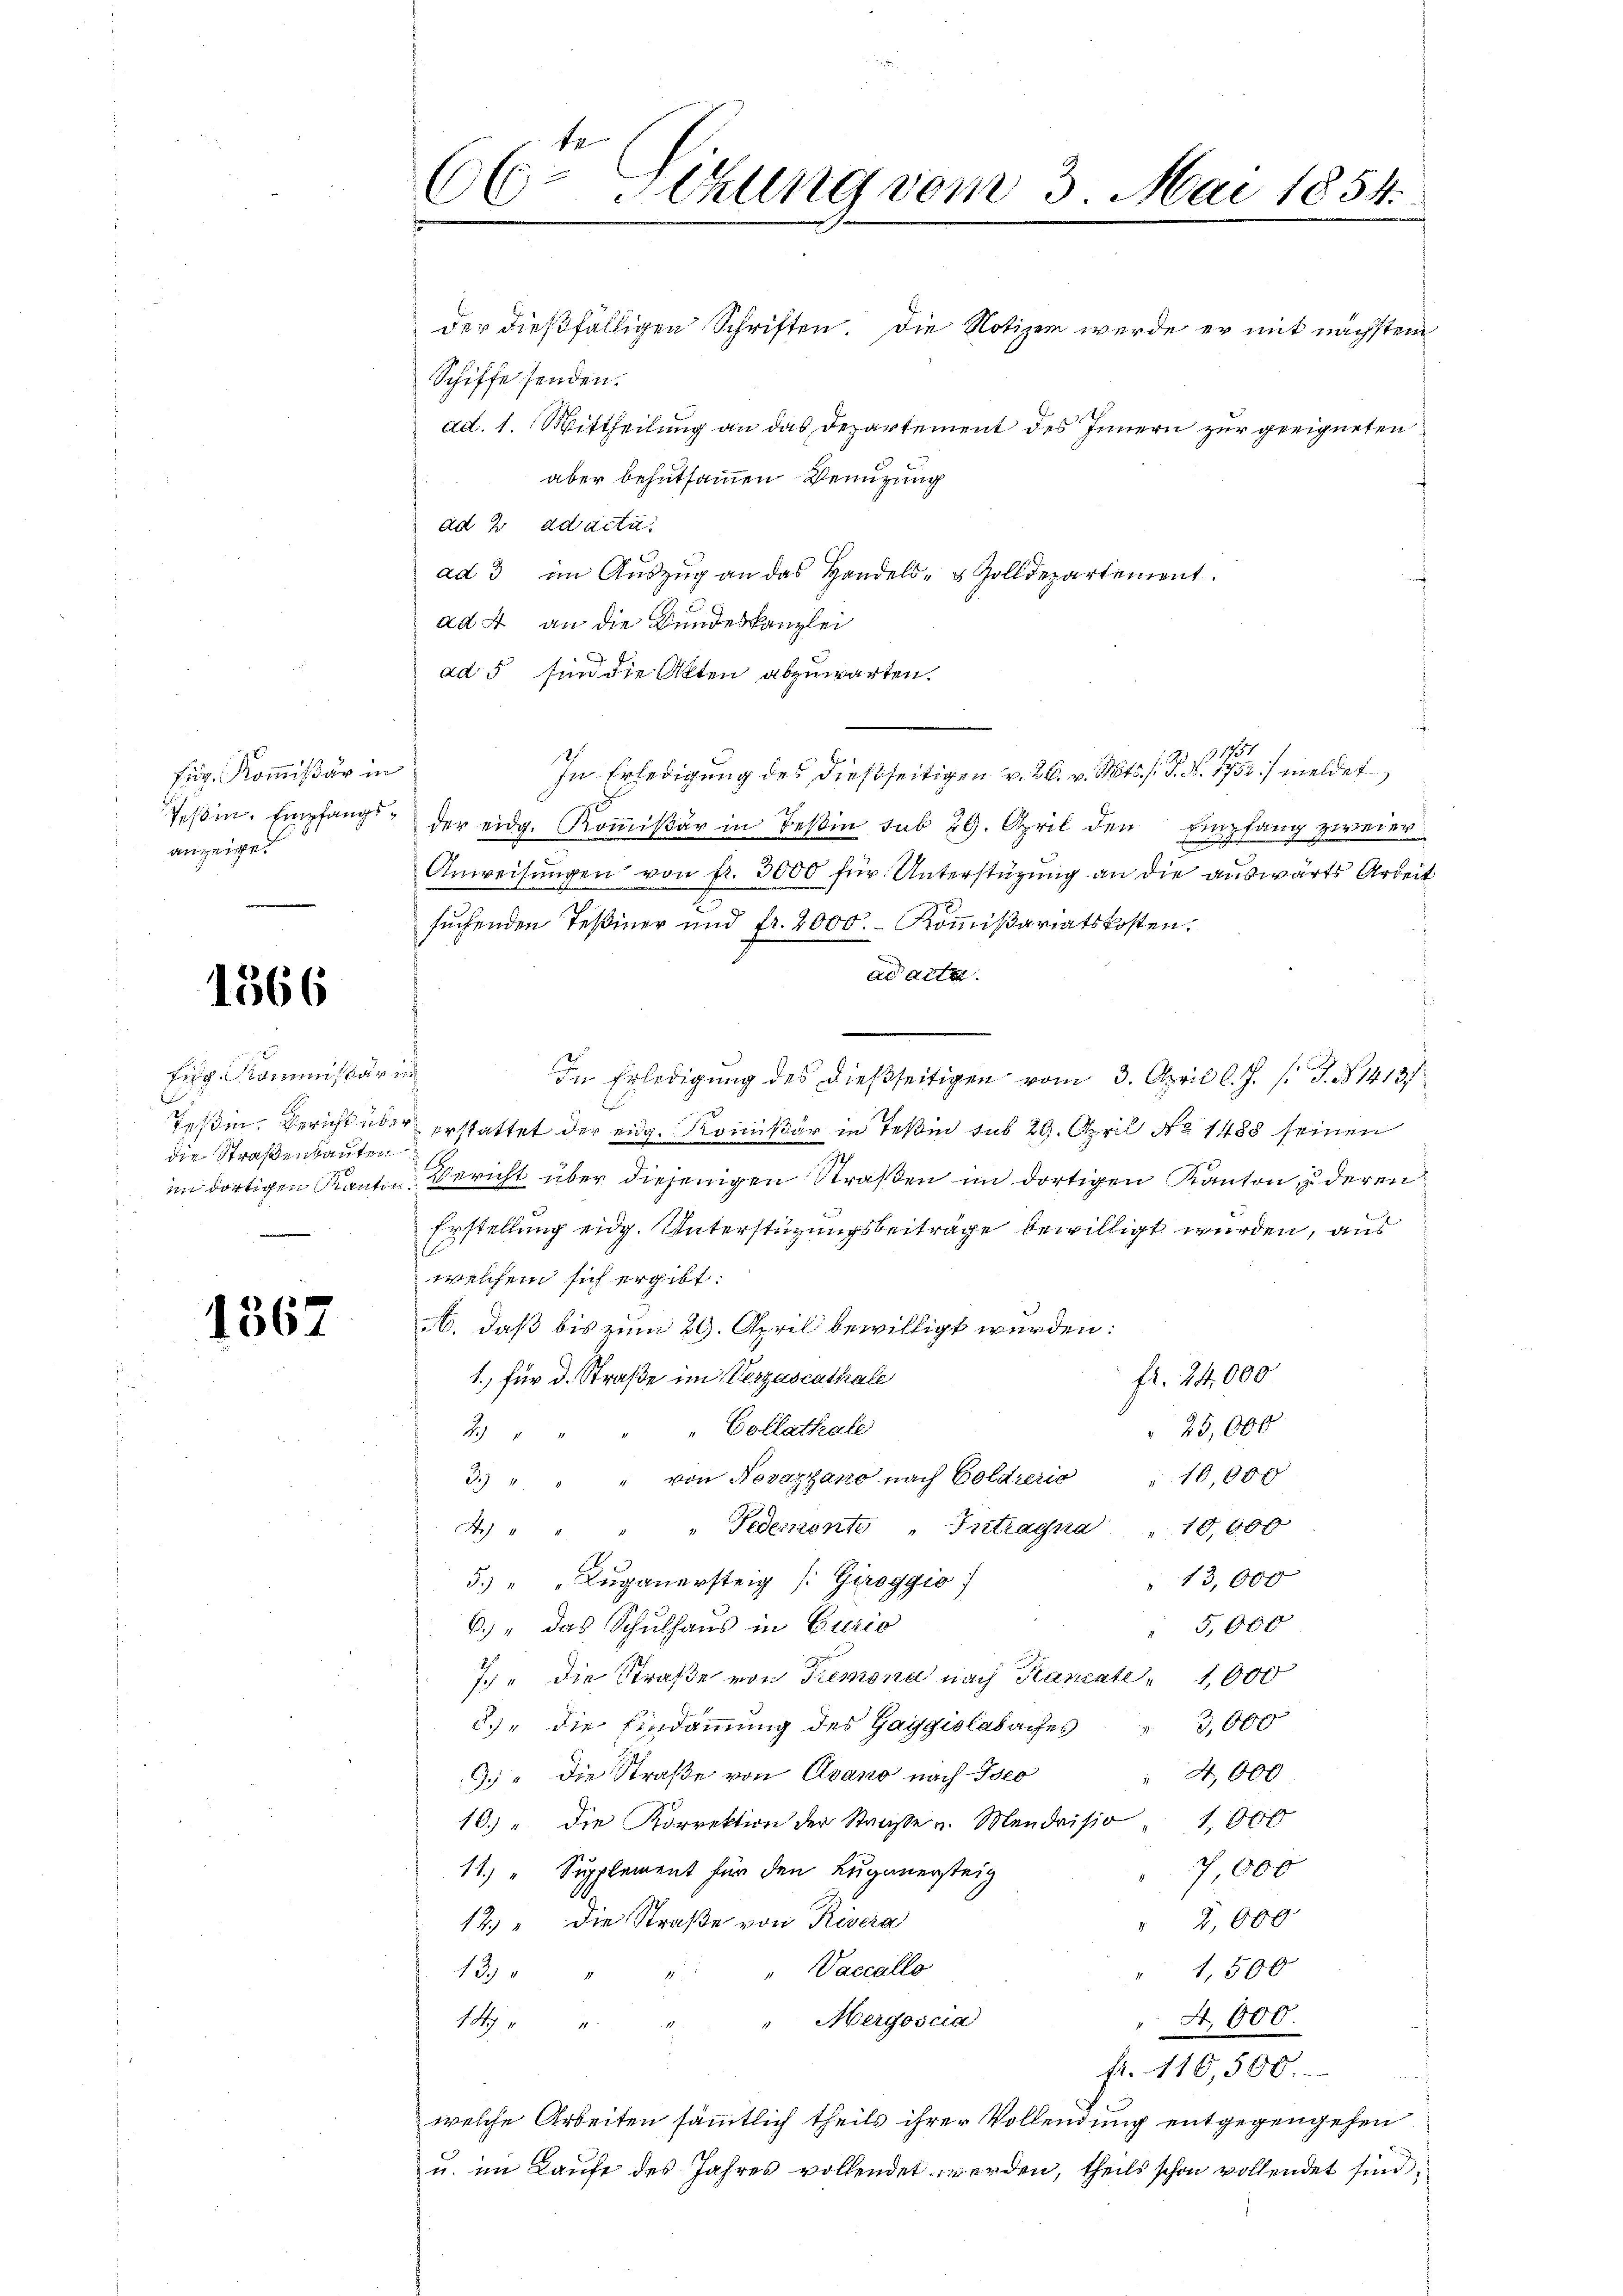
fug. Kommißär in
anzeige.

1566

fig. Kommissär in
die Straßenbauten

1567

der dießfälligen Schriften. Die Notizen werde er mit nächstem
Schiffe senden.
aber behutsammen Benutzung
ad 2. ad acta.
ad 3 im Aŭszŭg an das Handels- & Zolldepartement.
ad A an die Bundeskanzlei
ad 5 sind die Akten abzuwarten.
31751
h
In Erledigung des dießseitigen v. 26. v. Mts. f. P. N. 1752 / meldet
Peβin-Empfangs der eidg. Koṁisär in Teßin sub 29. April den Empfang zweier
.
Anweisungen von fr. 3000 für Unterstützung an die auswärts Arbeit
suchenden Teßiner und fr. 2000.- Kommißariatskosten.
ad acte.
In Erledigung des dießseitigen vom 3. April l. J. J. J. No 1413/
Teßin. Bericht über erstattet der eidg. Kommißär in Teßin sub 29. April No 1488 seinen
im dortigen Kanton Bericht über diejenigen Straßen im dortigen Kanton, zu deren
Erstellung eidg. Unterstüzungsbeiträge bewilligt wurden, aus
welchem sich ergibt:
A. daß bis zum 29. April bewilligt werden:
1.) für d. Straße im Verzascathale
fr. 24,000
25,000
Collathale
2
10,90 x
3.) " " " von Novazgano nach Goldreris
4.) " " " " Federiente " Intragna " 10,000
5.) " " Luganersteig (: Giroggio
" 13,000
6.) Das Schulhaus in Curio
5,
7 " die Straße von Tremona nach Kanate 1000
2.) die Eindammung des Gaggiolabaches
3,000
4,000
9.) " die Straße von Avano nach Iseo
10.) " die Korrektion der Straße u. Mendrisio 1,000
11.) " Supplement für den Luganersteig
7,000
2,000
12. " Die Straße von Rivera
"Vaccallo
1,500
130
"Mergoscia
4,000.
1
fr. 410,500.
1
welche Arbeiten sämmtlich theils ihrer Vollendung entgegengehen
u. im Laufe des Jahres vollendet werden, theils schon vollendet sind

66
Sitzung vom 3. Mai 1854.

ad. 1. Mittheilung an das Departement des Innern zur geeigneten